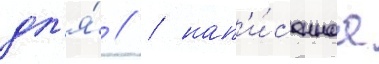
дл'я́ // / нап'и́саннаа